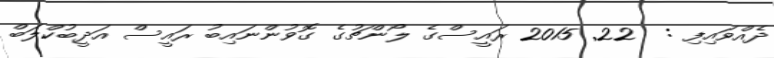
ދެއްވައިފި :  22